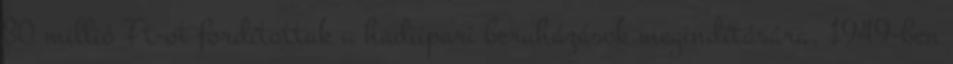
30 millió Ft-ot fordítottak a hadiipari beruházások megindítására. 1949-ben